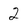
Character: 2